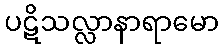
ပဋိသလ္လာနာရာမော